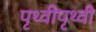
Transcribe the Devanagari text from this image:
पृथ्वीपृथ्वी